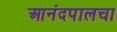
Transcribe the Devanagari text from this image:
आनंदपालचा